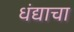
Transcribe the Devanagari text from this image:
धंद्याचा